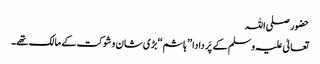
حضور صلی اللہ
تعالیٰ علیہ وسلم کے پَر دادا ’’ ہاشم ‘‘ بڑی شان و شوکت کے مالک تھے۔